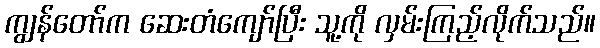
ကျွန်တော်က ဆေးတံကျော်ပြီး သူ့ကို လှမ်းကြည့်လိုက်သည်။